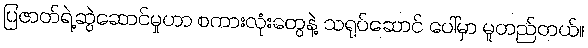
ပြဇာတ်ရဲ့ဆွဲဆောင်မှုဟာ စကားလုံးတွေနဲ့ သရုပ်ဆောင် ပေါ်မှာ မူတည်တယ်။